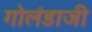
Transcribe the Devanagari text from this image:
गोलंडाजी